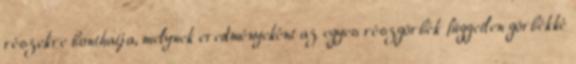
részekre bonthatja, melynek eredményeként az egyes részgörbék független görbékké